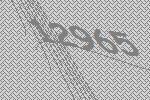
12965